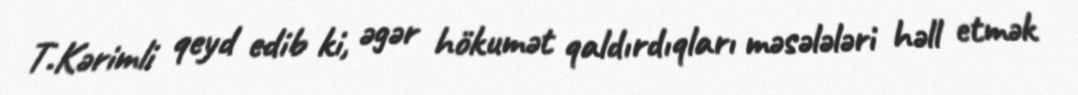
T.Kərimli qeyd edib ki, əgər hökumət qaldırdıqları məsələləri həll etmək